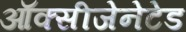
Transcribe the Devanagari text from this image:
ऑक्सीजेनेटेड